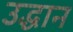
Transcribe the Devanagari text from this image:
उद्धान